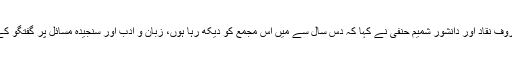
ہندوستان سے آئے ہوئے معروف نقاد اور دانشور شمیم حنفی نے کہا کہ دس سال سے میں اس مجمع کو دیکھ رہا ہوں، زبان و ادب اور سنجیدہ مسائل پر گفتگو کے لئے یہ زمانہ سازگار ہے۔